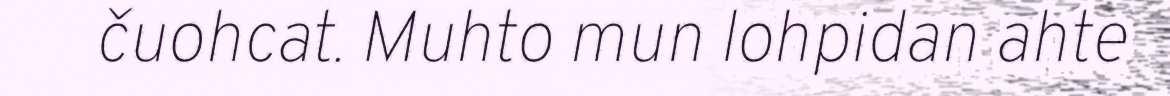
čuohcat. Muhto mun lohpidan ahte